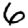
Digit: 6